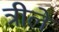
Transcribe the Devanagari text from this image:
त्रीले